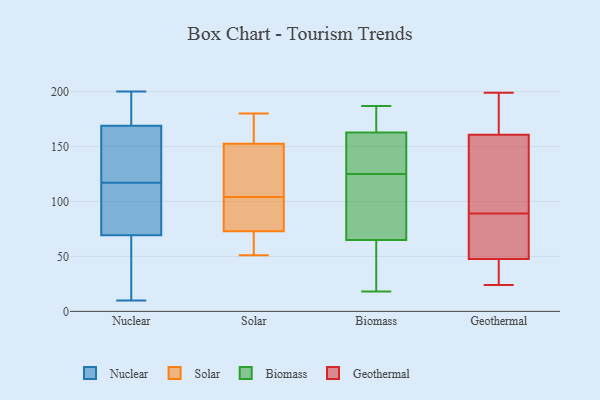
{"axis": {"x": "Humidity (%)", "y": "Value"}, "legend": ["Biomass", "Geothermal", "Nuclear", "Solar"], "data": [{"x": "", "y": 86, "type": "Nuclear"}, {"x": "", "y": 141, "type": "Nuclear"}, {"x": "", "y": 10, "type": "Nuclear"}, {"x": "", "y": 173, "type": "Nuclear"}, {"x": "", "y": 152, "type": "Nuclear"}, {"x": "", "y": 117, "type": "Nuclear"}, {"x": "", "y": 200, "type": "Nuclear"}, {"x": "", "y": 157, "type": "Nuclear"}, {"x": "", "y": 197, "type": "Nuclear"}, {"x": "", "y": 49, "type": "Nuclear"}, {"x": "", "y": 82, "type": "Nuclear"}, {"x": "", "y": 178, "type": "Nuclear"}, {"x": "", "y": 79, "type": "Nuclear"}, {"x": "", "y": 39, "type": "Nuclear"}, {"x": "", "y": 66, "type": "Nuclear"}, {"x": "", "y": 54, "type": "Solar"}, {"x": "", "y": 180, "type": "Solar"}, {"x": "", "y": 178, "type": "Solar"}, {"x": "", "y": 81, "type": "Solar"}, {"x": "", "y": 115, "type": "Solar"}, {"x": "", "y": 56, "type": "Solar"}, {"x": "", "y": 160, "type": "Solar"}, {"x": "", "y": 94, "type": "Solar"}, {"x": "", "y": 81, "type": "Solar"}, {"x": "", "y": 76, "type": "Solar"}, {"x": "", "y": 123, "type": "Solar"}, {"x": "", "y": 150, "type": "Solar"}, {"x": "", "y": 168, "type": "Solar"}, {"x": "", "y": 106, "type": "Solar"}, {"x": "", "y": 104, "type": "Solar"}, {"x": "", "y": 64, "type": "Solar"}, {"x": "", "y": 51, "type": "Solar"}, {"x": "", "y": 162, "type": "Biomass"}, {"x": "", "y": 59, "type": "Biomass"}, {"x": "", "y": 178, "type": "Biomass"}, {"x": "", "y": 29, "type": "Biomass"}, {"x": "", "y": 138, "type": "Biomass"}, {"x": "", "y": 149, "type": "Biomass"}, {"x": "", "y": 175, "type": "Biomass"}, {"x": "", "y": 165, "type": "Biomass"}, {"x": "", "y": 42, "type": "Biomass"}, {"x": "", "y": 124, "type": "Biomass"}, {"x": "", "y": 104, "type": "Biomass"}, {"x": "", "y": 67, "type": "Biomass"}, {"x": "", "y": 18, "type": "Biomass"}, {"x": "", "y": 187, "type": "Biomass"}, {"x": "", "y": 111, "type": "Biomass"}, {"x": "", "y": 135, "type": "Biomass"}, {"x": "", "y": 125, "type": "Biomass"}, {"x": "", "y": 199, "type": "Geothermal"}, {"x": "", "y": 177, "type": "Geothermal"}, {"x": "", "y": 85, "type": "Geothermal"}, {"x": "", "y": 153, "type": "Geothermal"}, {"x": "", "y": 33, "type": "Geothermal"}, {"x": "", "y": 159, "type": "Geothermal"}, {"x": "", "y": 52, "type": "Geothermal"}, {"x": "", "y": 166, "type": "Geothermal"}, {"x": "", "y": 89, "type": "Geothermal"}, {"x": "", "y": 24, "type": "Geothermal"}, {"x": "", "y": 35, "type": "Geothermal"}, {"x": "", "y": 56, "type": "Geothermal"}, {"x": "", "y": 147, "type": "Geothermal"}]}